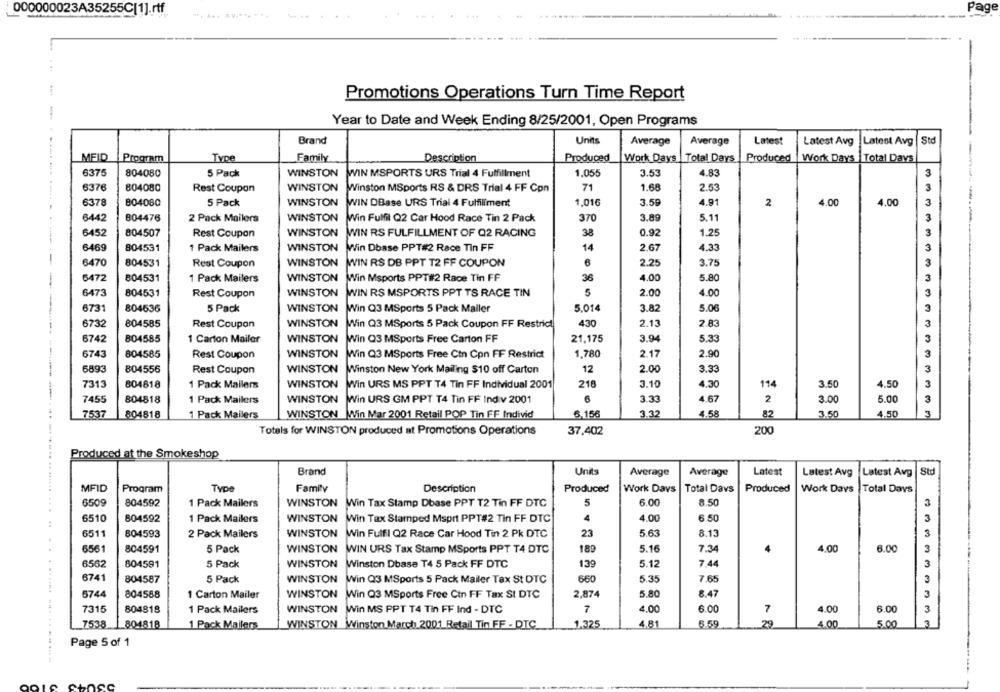
000000023A35255C[1].rtf
Page
...
Promotions Operations Turn Time Report
Year to Date and Week Ending 8/25/2001, Open Programs
Brand
Units
Average
Average
Latest
Latest Avg
Latest Avg
Std
MEID
Program
Family
Description
Produced
Work Days
Total Days
Produced
Work Days Total Days
6375
804080
5 Pack
WINSTON
WIN MSPORTS URS Trial 4 Fulfillment
1.055
3.53
4.83
3
6376
WINSTON
71
1.68
2.53
804080
Rest Coupon
Winston MSports RS & DRS Trial 4 FF Con
4.00
6378
804080
5 Pack
WINSTON WIN DBase URS Trial 4 Fulfillment
1.016
3.59
4.91
2
4.00
6442
804476
2 Pack Mailers
WINSTON Win Fulfil Q2 Car Hood Race Tin 2 Pack
370
3.89
5.11
--
6452
804507
Rest Coupon
WINSTON
WIN RS FULFILLMENT OF Q2 RACING
38
0.92
1.25
6469
804531
1 Pack Mailers
WINSTON
Win Dbase PPT#2 Race Tin FF
14
2.67
4.33
-
6470
804531
Rest Coupon
WINSTON
6
2.25
3.75
WIN RS DB PPT T2 FF COUPON
WINSTON
36
4.00
5.80
6472
804531
1 Pack Mailers
Win Msports PPT#2 Race Tin FF
6473
804531
Rest Coupon
WINSTON
WIN RS MSPORTS PPT TS RACE TIN
5
2.00
4.00
-
6731
804636
5 Pack
WINSTON
Win Q3 MSports 5 Pack Mailer
5.014
3.82
5.06
6732
804585
Rest Coupon
WINSTON
Win Q3 MSports 5 Pack Coupon FF Restrict
430
2.13
2.83
3
6742
804585
1 Carton Mailer
WINSTON
Win Q3 MSports Free Carton FF
21,175
3.94
5.33
3
6743
804585
3
Rest Coupon
WINSTON
Win Q3 MSports Free Ctn Con FF Restrict
1,780
2.17
2.90
3
6893
804556
Rest Coupon
WINSTON
Winston New York Mailing $10 off Carton
12
2.00
3.33
7313
804818
1 Pack Mailers
WINSTON Win URS MS PPT T4 Tin FF Individual 2001
218
3.10
4.30
114
3.50
4.50
3
7455
804818
1 Pack Mailers
WINSTON Win URS GM PPT T4 Tin FF Indiv 2001
3.33
4.67
2
3.00
5.00
3
7537
804818
1 Pack Mailers
WINSTON Win Mar 2001 Retail POP Tin FF Individ
6.156
3.32
4.58
82
3.50
4.50
3
Totals for WINSTON produced at Promotions Operations
37,402
200
Produced at the Smokeshop
Brand
Units
Latest
Average
Average
Latest Avg
Latest Avg Std
MFID
Program
Type
Family
Description
Produced
Work Days
Total Davs
Produced
Work Days Total Days
6509
804592
1 Pack Mailers
WINSTON
Win Tax Stamp Dbase PPT T2 Tin FF DTC
5
6.00
8.50
6510
804592
1 Pack Mailers
WINSTON
Win Tax Stamped Msprt PPT#2 Tin FF DTC
4
4.00
6.50
3
6511
WINSTON
23
5.63
8.13
3
804593
2 Pack Mailers
Win Fulfil Q2 Race Car Hood Tin 2 Pk DTC
3
..
6561
804591
5 Pack
WINSTON WIN URS Tax Stamp MSports PPT T4 DTC
18
5.16
7.34
4.00
6.00
6562
804591
5 Pack
WINSTON
Winston Dbase T4 5 Pack FF DTC
139
5.12
7.44
3
6741
804587
5 Pack
WINSTON
Win Q3 MSports 5 Pack Mailer Tax St DTC
660
5.35
7.65
3
5744
804588
1 Carton Mailer
WINSTON
Win Q3 MSports Free Ctn FF Tax SI DTC
2,874
5.80
8.47
3
7315
804818
1 Pack Mailers
WINSTON Win MS PPT T4 Tin FF Ind - DTC
7
4.00
6.00
4.00
6.00
3
7
7538
WINSTON Winston
4.81
6.59
29
3
804818
1 Pack Mailers
March 2001 Retail Tin FF - DTC
1,325
4.00
5.00
Page 5 of 1
53043 5